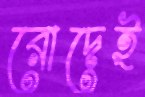
রোদেই